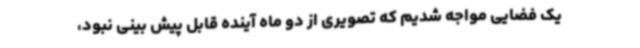
یک فضایی مواجه شدیم که تصویری از دو ماه آینده قابل پیش بینی نبود،